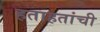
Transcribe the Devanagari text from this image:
हताहतांची